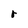
Character: r